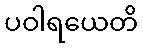
ပဝါရယေတိ